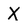
Character: X